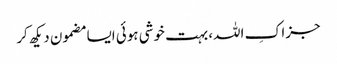
جزاکِ اللہ، بہت خوشی ہوئی ایسا مضمون دیکھ کر